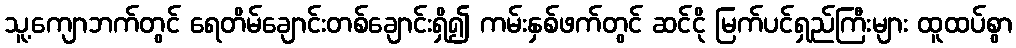
သူ့ကျောဘက်တွင် ရေတိမ်ချောင်းတစ်ချောင်းရှိ၍ ကမ်းနှစ်ဖက်တွင် ဆင်ငို မြက်ပင်ရှည်ကြီးများ ထူထပ်စွာ